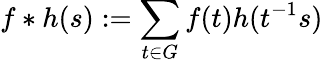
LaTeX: f*h(s):=\sum_{t\in G}f(t)h(t^{-1}s)